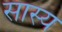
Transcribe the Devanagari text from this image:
सास्य